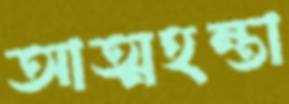
আত্মহন্তা